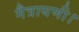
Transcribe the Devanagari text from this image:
मैत्रायणी।